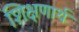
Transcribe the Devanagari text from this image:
शिक्षणार्थ